General report no. 6 on the lunatic asylums, vaccination and dispensaries in the Bengal Presidency, 1873 -
Year: 1873
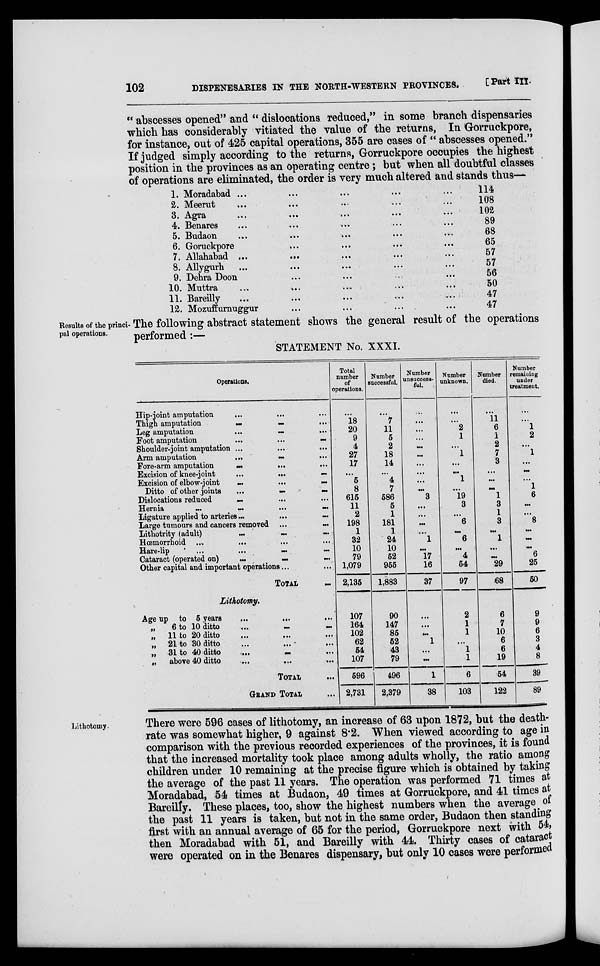
102
DISPENESARIES IN THE NORTH-WESTERN PROVINCES.
[Part III.
" abscesses opened" and " dislocations reduced," in some branch dispensaries
which has considerably vitiated the value of the returns, In Gorruckpore,
for instance, out of 425 capital operations, 355 are cases of " abscesses opened."
If judged simply according to the returns, Gorruckpore occupies the highest
position in the provinces as an operating centre ; but when all doubtful classes
of operations are eliminated, the order is very much altered and stands thus—
1.
2.
3.
4.
5.
6.
7.
8.
9.
10.
11.
12.
Moradabad ... ... ... ... ...
Meerut ... ... ... ... ...
Agra
...
... ... ... ...
Benares ... ... ... ... ...
Budaon ... ... ... ... ...
Goruckpore ... ... ... ... ...
Allahabad ...
... ... ... ...
Allygurh ... ... ... ... ...
Debra Doon ... ... ... ...
Muttra ... ... ... ... ...
Bareilly ... ... ... ...
Mozuffurnuggur ... ... ... ...
114
108
102
89
68
65
57
57
56
50
47
47
Results of the princi-
pal operations.
The following abstract statement shows the general result of the operations
performed :—
STATEMENT No. XXXI.
Operation*.
Hip-joint amputation ... ... ...
Thigh amputation
...
...
...
Leg amputation
...
...
...
Foot amputation
...
...
...
Shoulder-joint amputation ...
...
...
Arm amputation
...
...
...
Fore-arm amputation
...
...
...
Excision of knee-joint
...
...
...
Excision of elbow-joint
...
...
...
Ditto of other joints
...
...
...
Dislocations reduced
...
...
...
Hernia
...
...
...
...
Ligature applied to arteries
...
...
...
Large tumours and cancers removed
...
...
Lithotrity (adult)
...
...
Rœmorrhoid
...
...
...
...
Hare-lip
...
...
...
...
Cataract (operated on) ... ... ...
Other capital and important operations...
...
TOTAL
...
Lithotomy.
Age up to 6 years
...
...
...
„
6 to 10 ditto
...
...
...
„
11 to 20 ditto
...
...
...
„
21 to 80 ditto
...
...
...
„
31 to 40 ditto
...
...
...
„
abore 40 ditto
...
...
...
TOTAL ...
GRAND TOTAL
...
Total
number
of
operations.
...
18
20
9
4
27
17
...
5
8
615
11
2
198
1
32
10
79
1,079
2,135
107
164
102
62
54
107
596
2,731
Number
auccessful.
...
7
11
5
2
18
14
...
4
7
586
5
1
181
1
24
10
52
955
1,883
90
147
85
52
43
79
496
2,379
Number
unsuccess-
ful.
...
...
...
...
...
...
...
...
...
...
3
...
...
...
...
1
...
17
16
37
...
...
...
1
...
...
1
38
Number
unknown.
...
...
2
1
...
1
...
...
1
...
19
3
...
6
...
6
...
4
54
97
2
1
1
...
1
1
6
103
Number
died.
...
11 6
1
2
7
3
...
...
...
1
3
1
3
...
1
...
...
29
68
6
7
10
6
6
19
54
122
Number
remaining
under
treatment.
...
...
1
2
...
1
...
...
...
1
6
...
...
8
...
...
...
6
25
50
9
9
6
3
4
8
39
89
Lithotomy.
There were 596 cases of lithotomy, an increase of 63 upon 1872, but the death.
rate was somewhat higher, 9 against 8.2. When viewed according to age in
comparison with the previous recorded experiences of the provinces, it is found
that the increased mortality took place among adults wholly, the ratio among
children under 10 remaining at the precise figure which is obtained by taking
the average of the past 11 years. The operation was performed 71 times at
Moradabad, 54 times at Budaon, 49 times at Gorruckpore, and 41 times at
Bareilly. These places, too, show the highest numbers when the average of
the past 11 years is taken, but not in the same order, Budaon then standing
first with an annual average of 65 for the period, Gorruckpore next with 54,
then Moradabad with 51, and Bareilly with 44. Thirty cases of cataract
were operated on in the Benares dispensary, but only 10 cases were performed